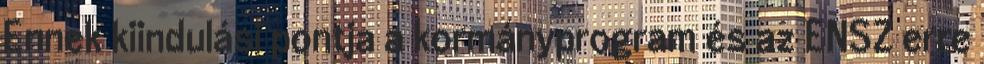
Ennek kiindulási pontja a kormányprogram és az ENSZ erre